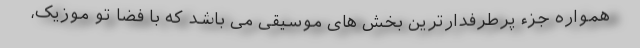
همواره جزء پرطرفدارترین بخش های موسیقی می باشد که با فضا تو موزیک،